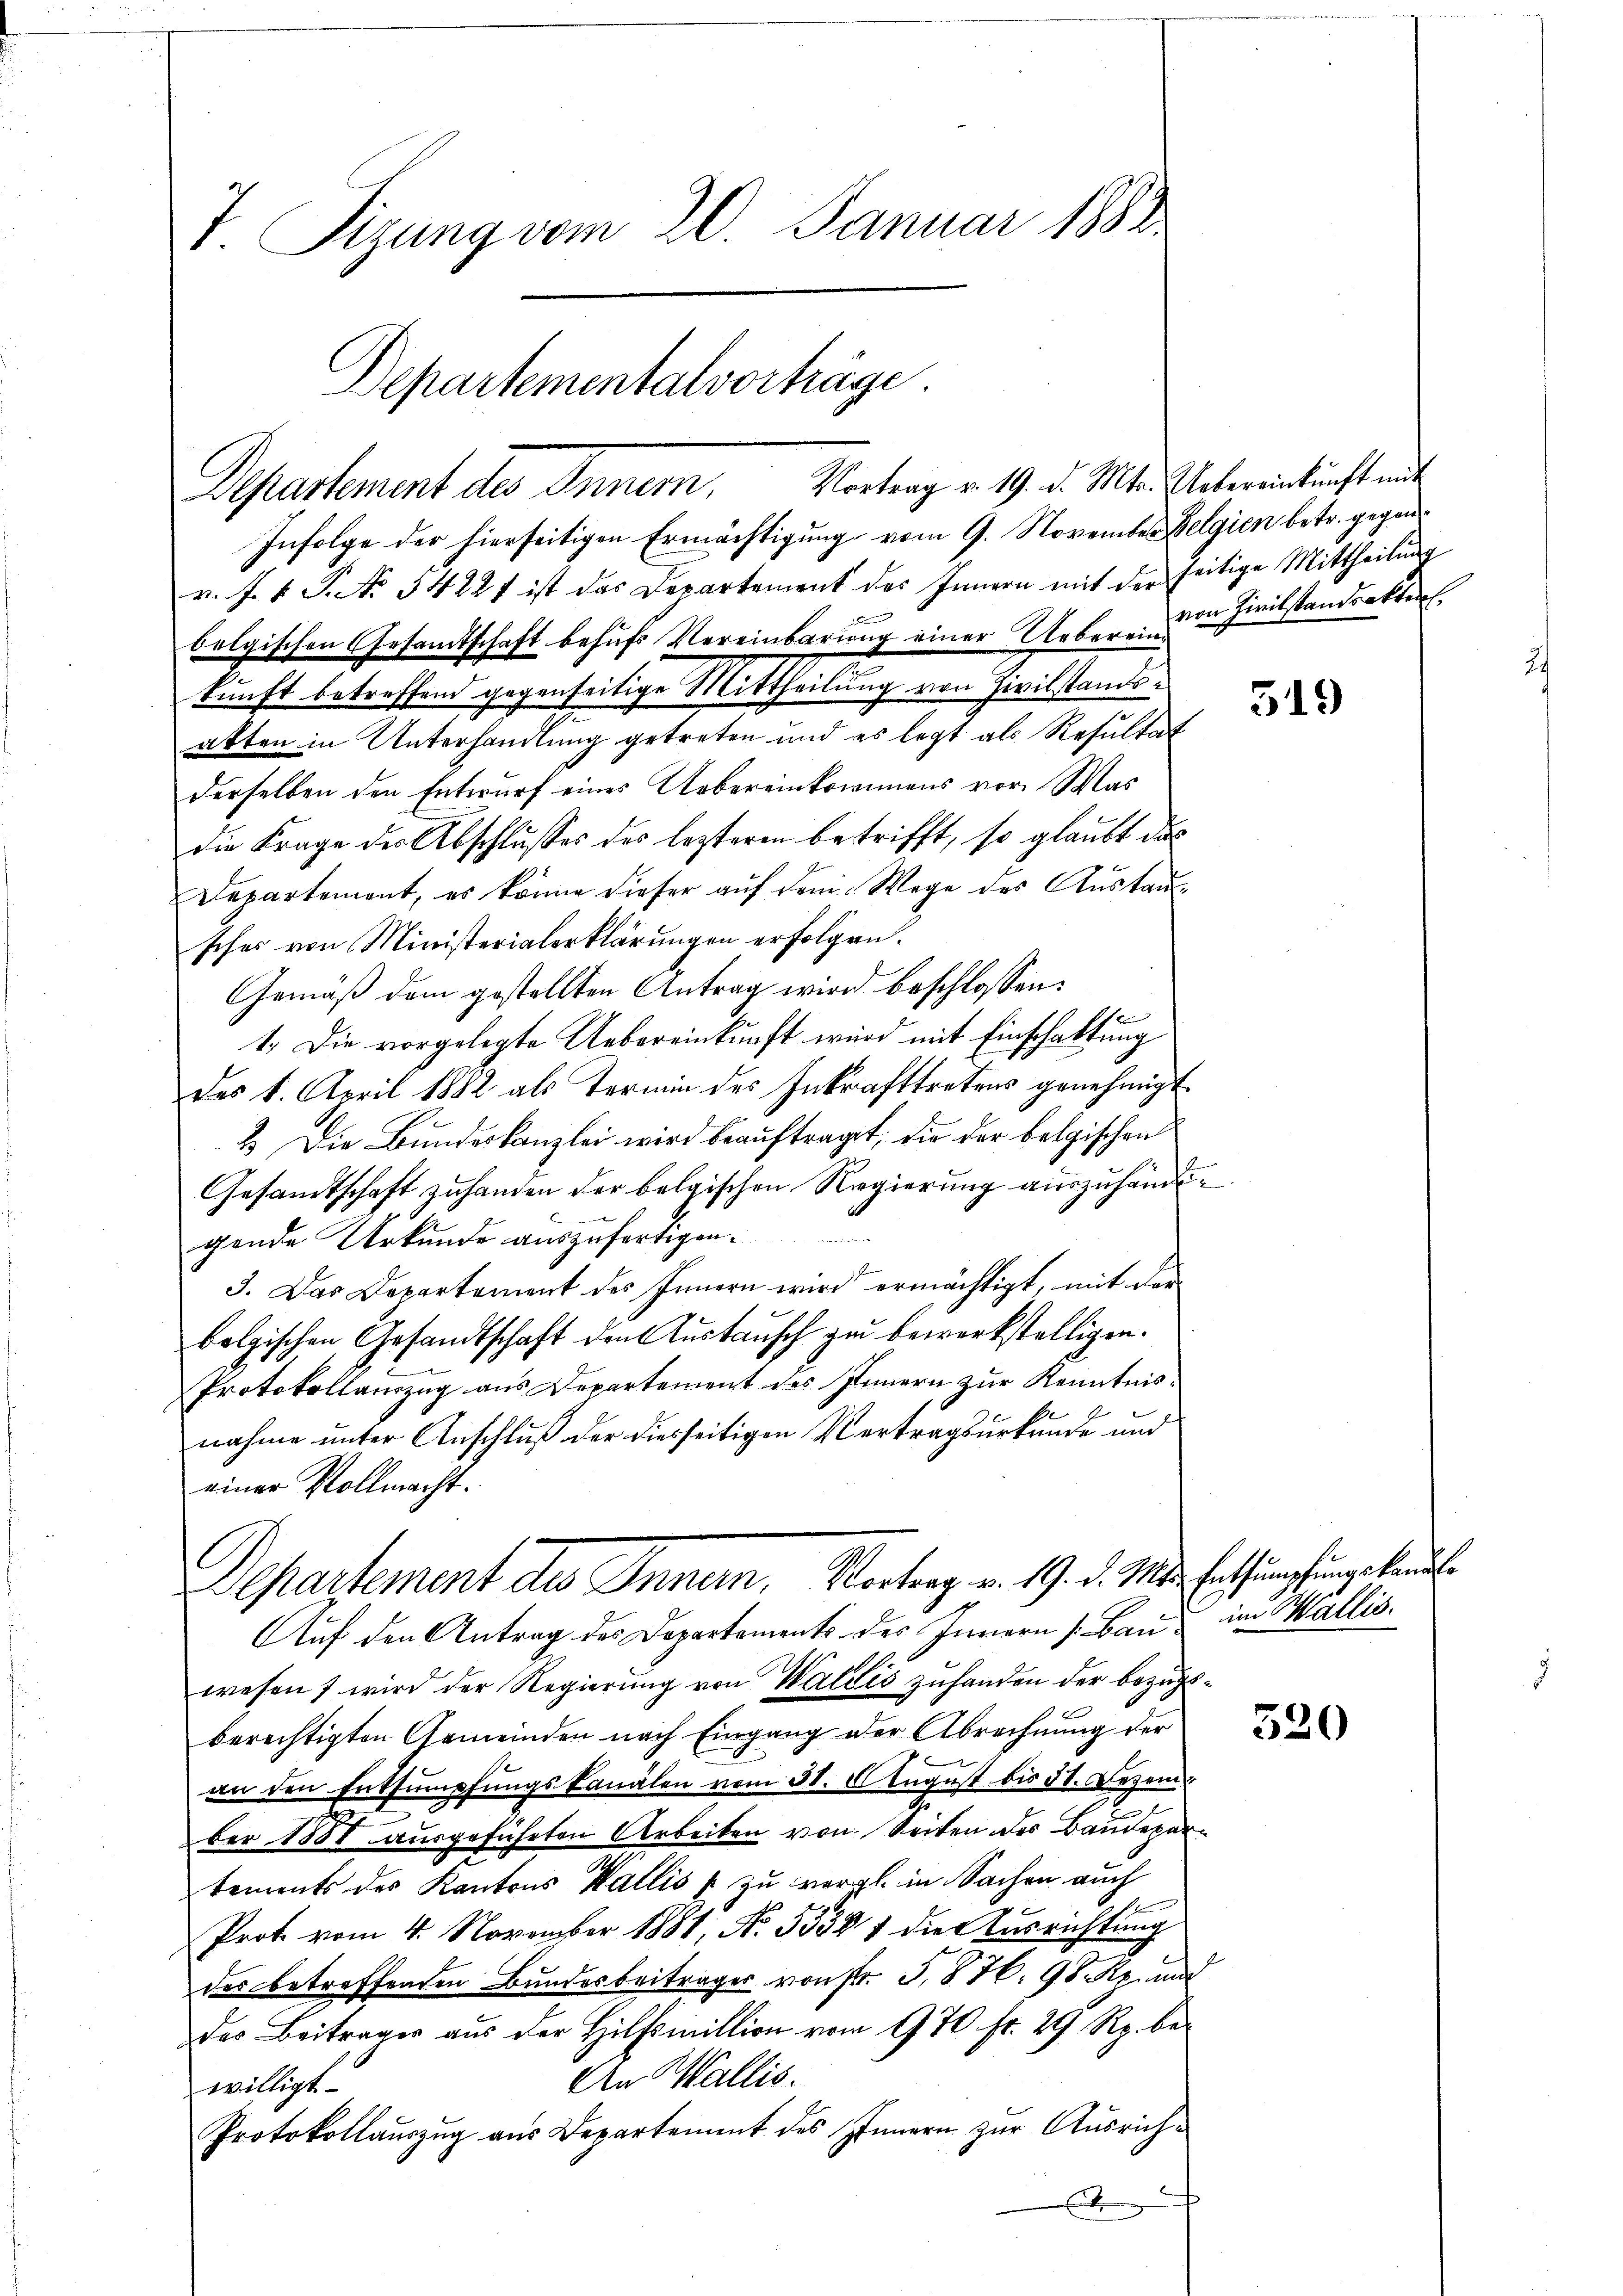
T. Sizung vom 20. Januar 1882

Infolge der hierseitigen Ermächtigung vom 9. November Belgien betr. gegenv. J. V. P. No 5422f ist das Departement des Innern mit der seitige Mittheilung
belgischen Gesandtschaft behufs Vereinbarung einer Uebereine Zivilstandsakter.
kunft betreffend gegenseitige Mittheilung von Zivilstandsatten in Unterhandlung getreten und es legt als Resultat
derselben den Entwurf eines Uebereinkommens vor. Was
die Frage des Abschlusses des lezteren betrifft, so glaubt das
Departement, es könne dieser auf dem Wege des Austauscher von Ministerialerklärungen erfolgen.
Gemäß dem gestellten Antrag wird beschlossen:
1
1.) Die vorgelegte Uebereinkunft wird mit Einschaftung
des 1. April 1882 als Termin des Inkrafttretens genehmigt.
2.) Die Bundeskanzlei wird beauftraget, die der belgischen
1
Gesandtschaft zuhanden der belgischen Regierung auszuhandgende Urkunde auszufertigen.
3. Das Departement des Innern wird ermächtigt, mit der
bolgischen Gesandtschaft den Austausch zu bewerkstelligen.
Protokollauszug aus Departement des Innern zur Kenntnisnahme unter Anschluß der diesseitigen Vertragsurkunde und
einer Vollmacht.

Departementalvorträge.
Departement des Innern, Vortrag v. 19. d. Mts. Uebereinkunft mit

Departement des Innen, Vortrag v. 19. d. Mts. Entsumpfung handle

Auf den Antrag des Departements des Innern Bau im Wallis.
wesen wird der Regierung von Waldis zuhanden der bezugsberechtigten Gemeinden nach Eingang der Abrechnung der
an den Entsumpfungskanälen vom 30. August bis 31. Dezem
ber 1881 ausgeführten Arbeiten von Seiten des Baudepartements des Kantons Wallis u zu vergl. in Sachen auch
Prot vom 4. November 1881, No. 55387 die Ausrichtung
des betreffenden Bundesbeitrages von Fr. J. H. 98 Rp. und
des Beiträger aus der Hilfsmillion vom 970 fr. 29 Rp. be¬
An Wallis.
willigt.
Protokollauszug aus Departement des Innern zur Ausriche
x

519

520